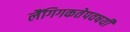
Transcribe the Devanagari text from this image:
लैंगिगकतेपवषयी